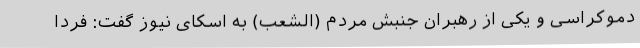
دموکراسی و یکی از رهبران جنبش مردم (الشعب) به اسکای نیوز گفت: فردا